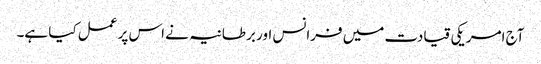
آج امریکی قیادت میں فرانس اور برطانیہ نے اس پر عمل کیا ہے۔